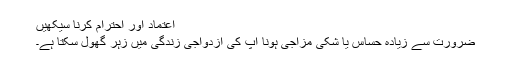
اعتماد اور احترام کرنا سیکھیں
ضرورت سے زیادہ حساس یا شکی مزاجی ہونا آپ کی ازدواجی زندگی میں زہر گھول سکتا ہے۔